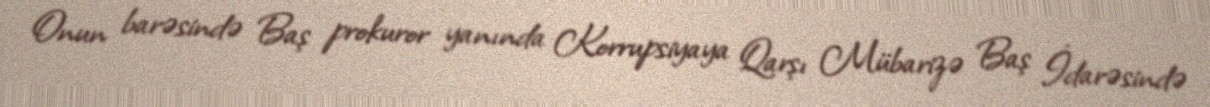
Onun barəsində Baş prokuror yanında Korrupsiyaya Qarşı Mübarizə Baş İdarəsində